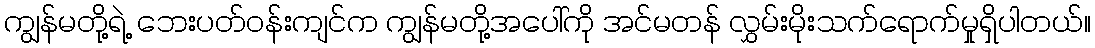
ကျွန်မတို့ရဲ့ ဘေးပတ်ဝန်းကျင်က ကျွန်မတို့အပေါ်ကို အင်မတန် လွှမ်းမိုးသက်ရောက်မှုရှိပါတယ်။